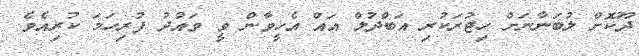
ދޫކޮށް ލުބަނާނަށް ހިޖުރަކުރި އަބްދުލް އައް އެހީވާން ވީ ވައުދު ފުރިހަމަ ކުރިއެވެ.